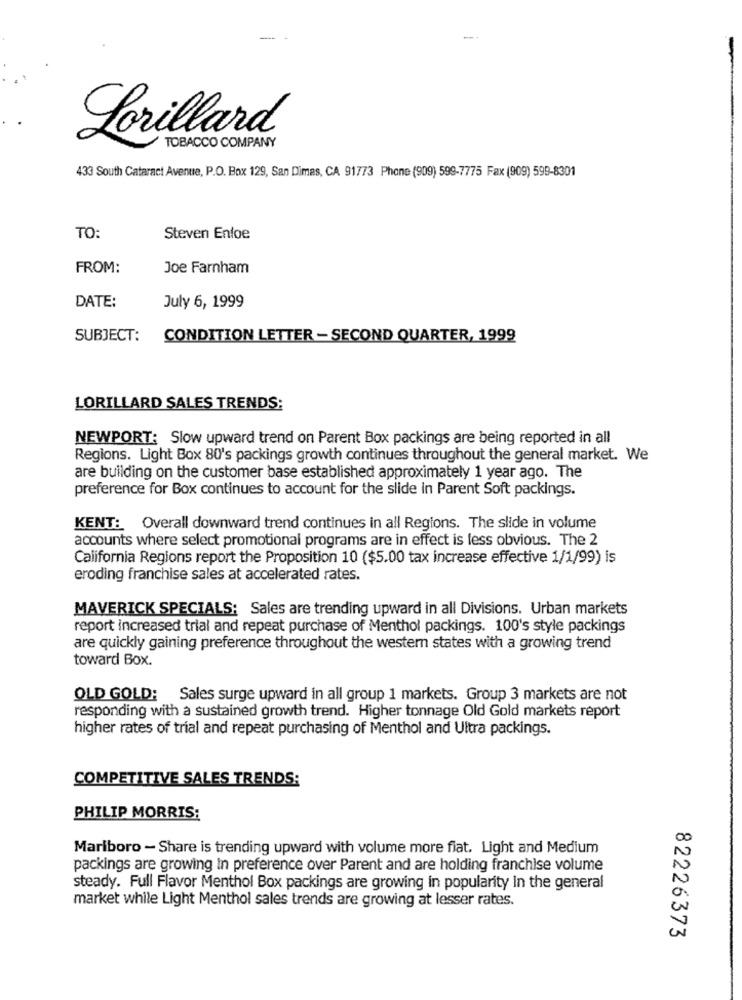
Lorillard
TOBACCO COMPANY
433 South Cataract Avenue, P.O. Box 129, San Dimas, CA 91773 Phone (909) 599-7775 Fax (909) 599-8301
TO:
Steven Entoe
FROM:
Joe Farnham
DATE:
July 6, 1999
SUBJECT:
CONDITION LETTER - SECOND QUARTER, 1999
LORILLARD SALES TRENDS:
NEWPORT: Slow upward trend on Parent Box packings are being reported in all
Regions. Light Box 80's packings growth continues throughout the general market. We
are building on the customer base established approximately 1 year ago. The
preference for Box continues to account for the slide in Parent Soft packings.
KENT: Overall downward trend continues in all Regions. The slide in volume
accounts where select promotional programs are in effect is less obvious. The 2
California Regions report the Proposition 10 ($5.00 tax increase effective 1/1/99) is
eroding franchise sales at accelerated rates.
MAVERICK SPECIALS: Sales are trending upward in all Divisions. Urban markets
report increased trial and repeat purchase of Menthol packings. 100's style packings
are quickly gaining preference throughout the western states with a growing trend
toward Box.
OLD GOLD: Sales surge upward in all group 1 markets. Group 3 markets are not
responding with a sustained growth trend. Higher tonnage Old Gold markets report
higher rates of trial and repeat purchasing of Menthol and Ultra packings.
COMPETITIVE SALES TRENDS:
PHILIP MORRIS:
Marlboro - Share is trending upward with volume more fiat. Light and Medium
packings are growing In preference over Parent and are holding franchise volume
steady. Full Flavor Menthol Box packings are growing in popularity In the general
market while Light Menthol sales trends are growing at lesser rates.
82226373